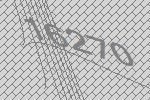
16270